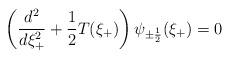
LaTeX: \begin{align*}\left( \frac{d^{2}}{d\xi^{2}_{+}} + \frac{1}{2}T(\xi_{+}) \right)\psi_{\pm\frac{1}{2}}(\xi_{+}) = 0\end{align*}